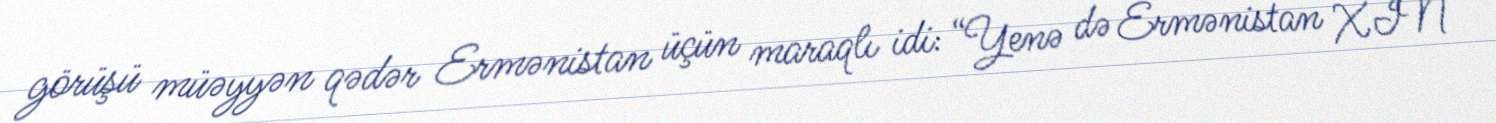
görüşü müəyyən qədər Ermənistan üçün maraqlı idi: “Yenə də Ermənistan XİN